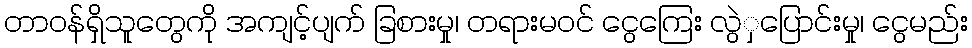
တာဝန်ရှိသူတွေကို အကျင့်ပျက် ခြစားမှု၊ တရားမဝင် ငွေကြေး လွဲှပြောင်းမှု၊ ငွေမည်း